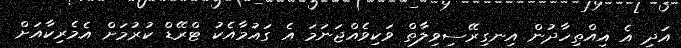
އަދި އެ އިއްތިހާދުން އިނގިރޭސިވިލާތް ވަކިވެއްޖަނަމަ އެ ގައުމާއެކު ޓްރޭޑް ކުރުމަށް އެމެރިކާއަށް